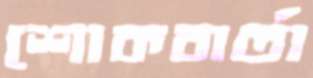
শোকবার্তা